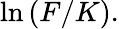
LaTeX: \ln\left(F/K\right).